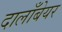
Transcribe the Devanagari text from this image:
दालाँबेयर